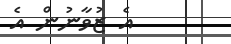
އެ ޒުވާނުން އެ